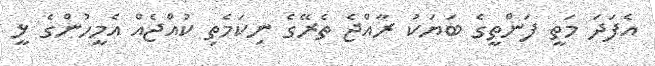
އެފަދަ މަތީ ފަންތީގެ ބަޔަކު ރާއްޖެ ތެރޭގެ ނިކަމެތި ކުއްޖެއް އެމީހުންގެ ޅީ